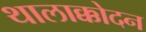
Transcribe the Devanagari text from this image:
थालाक्कोदन